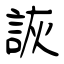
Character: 詼